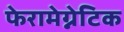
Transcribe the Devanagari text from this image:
फेरामेग्नेटिक